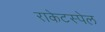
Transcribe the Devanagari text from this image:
राकेटस्पेल